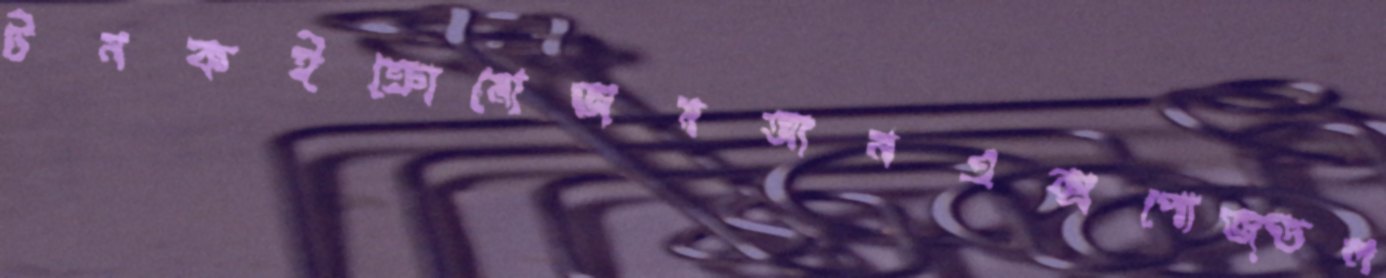
টনকইক্রোমোজমআনএক্সপোজ্ডল